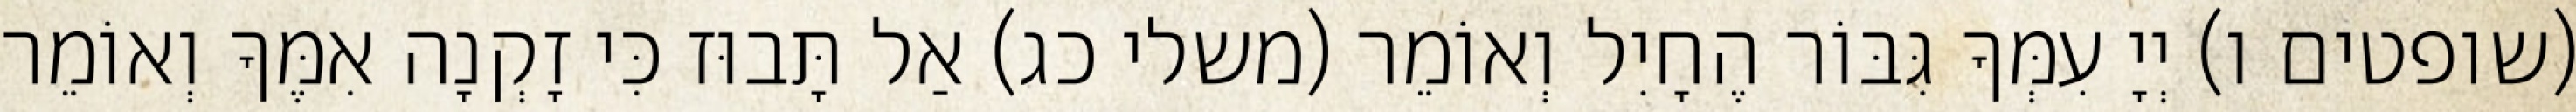
(שופטים ו) יְיָ עִמְּךָ גִּבּוֹר הֶחָיִל וְאוֹמֵר (משלי כג) אַל תָּבוּז כִּי זָקְנָה אִמֶּךָ וְאוֹמֵר